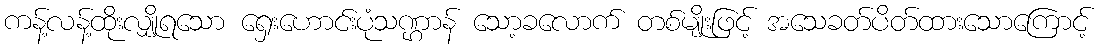
ကန့်လန့်ထိုးလျှိုရသော ရှေးဟောင်းပုံသဏ္ဌာန် သော့ခလောက် တစ်မျိုးဖြင့် အသေခတ်ပိတ်ထားသောကြောင့်